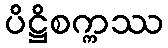
ပိဋ္ဌိစက္ကဿ